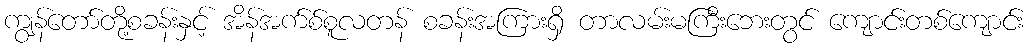
ကျွန်တော်တို့စခန်းနှင့် အိန်အက်စ်စူလတန် စခန်းအကြားရှိ တာလမ်းမကြီးဘေးတွင် ကျောင်းတစ်ကျောင်း